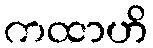
ကထာဟိ